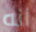
انه